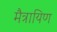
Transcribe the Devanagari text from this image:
मैत्रायिण